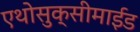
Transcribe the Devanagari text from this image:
एथोसुक्सीमाईड